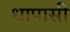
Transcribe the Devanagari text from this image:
धापासी